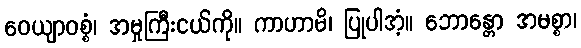
ဝေယျာဝစ္စံ၊ အမှုကြီးငယ်ကို။ ကာဟာမိ၊ ပြုပါအံ့။ ဘောန္တော အမစ္စာ၊